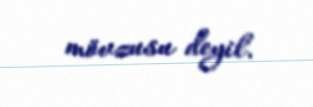
mövzusu deyil.